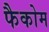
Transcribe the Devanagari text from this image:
फैकोम